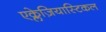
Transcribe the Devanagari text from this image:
एक्लेज़ियास्टिकल